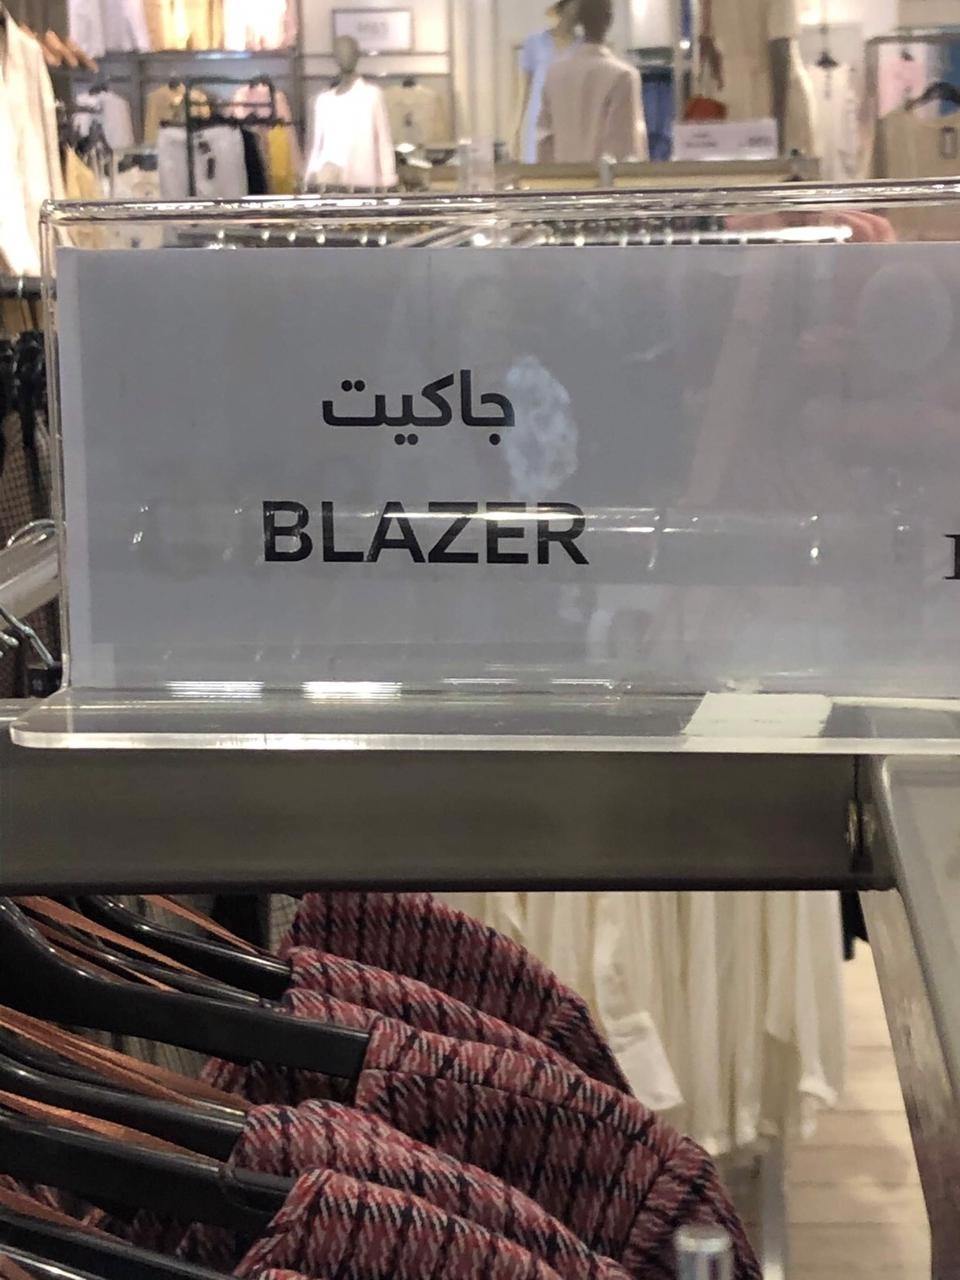
Text in image: جاكيت BLAZER